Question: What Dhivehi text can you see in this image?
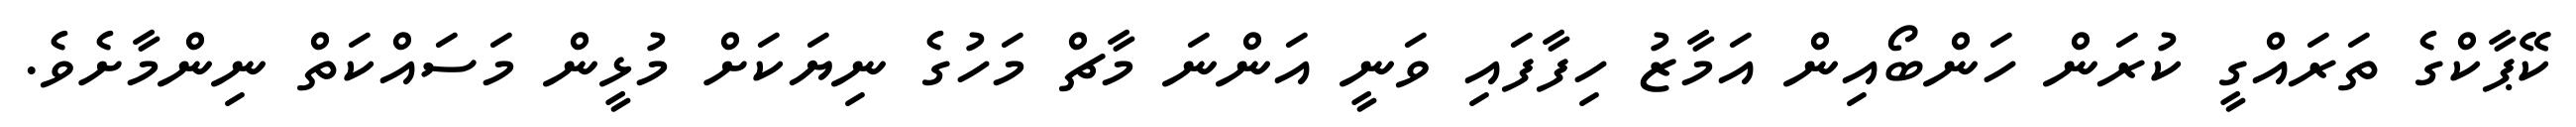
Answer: ކޭޕާކްގެ ތަރައްގީ ކުރަން ހަންބޯއިން އަމާޒު ހިފާފައި ވަނީ އަންނަ މާޗް މަހުގެ ނިޔަކަށް މުޅީން މަސައްކަތް ނިންމާށެވެ.